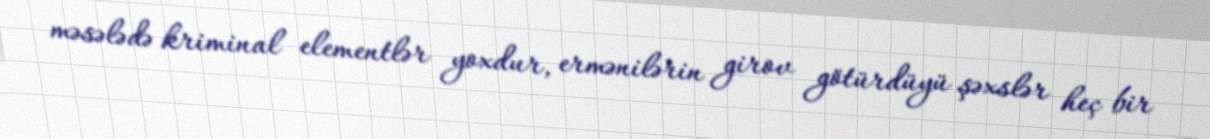
məsələdə kriminal elementlər yoxdur, ermənilərin girov götürdüyü şəxslər heç bir